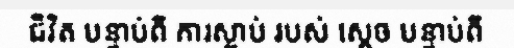
ជីវិត បន្ទាប់ពី ការស្លាប់ របស់ ស្តេច បន្ទាប់ពី